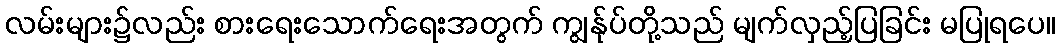
လမ်းများ၌လည်း စားရေးသောက်ရေးအတွက် ကျွန်ုပ်တို့သည် မျက်လှည့်ပြခြင်း မပြုရပေ။